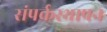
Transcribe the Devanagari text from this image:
संपर्कस्थापन